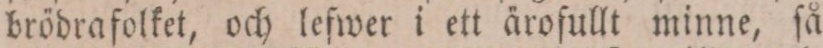
brödrafolket, och lefwer i ett ärofullt minne, ſå